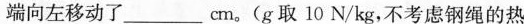
端向左移动了___cm。(g取10N/kg，不考虑钢绳的热